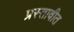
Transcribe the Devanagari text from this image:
प्रस्तावीत